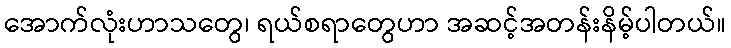
အောက်လုံးဟာသတွေ၊ ရယ်စရာတွေဟာ အဆင့်အတန်းနိမ့်ပါတယ်။